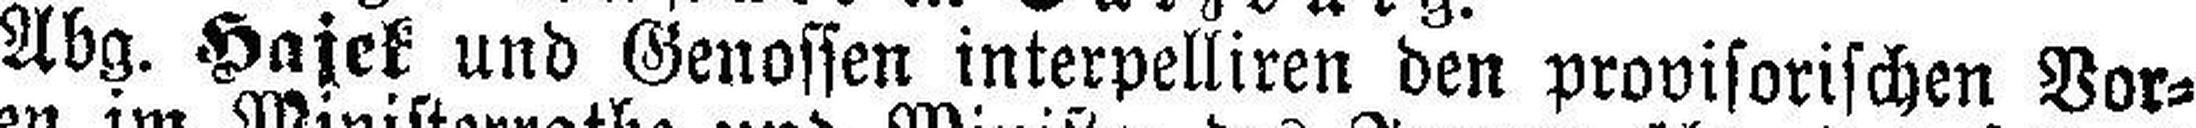
Abg. Hajek und Genossen interpelliren den provisorischen Vor¬